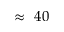
\approx ~ 4 0